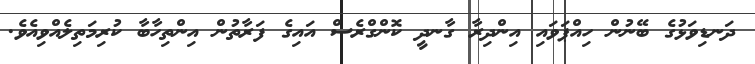
ދަނޑިވަޅުގެ ބޭނުން ހިއްޕަވައި އިންދިރާ ގާނދީ ކޮންގްރެސް އައިގެ ފަރާތުން އިންތިހާބާ ކުރިމަތިލެއްވިއެވެ.